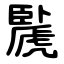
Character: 䖙